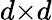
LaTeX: d{\times}d